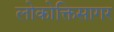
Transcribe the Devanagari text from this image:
लोकोक्तिसागर